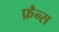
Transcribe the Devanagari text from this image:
फ़ैन्स